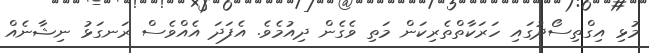
މުޅި އިގްތިސޯދުގައި ހަރަކާތްތެރިކަން މަތި ވެގެން ދިއުމެވެ. އެފަދަ އެއްވެސް ރަނގަޅު ނިޝާނެއް